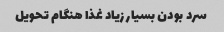
سرد بودن بسیار زیاد غذا هنگام تحویل